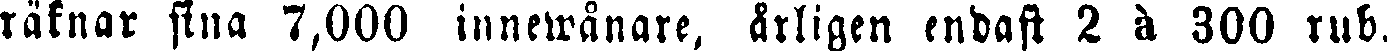
räknar sina 7,000 innewånare, årligen endast 2 à 300 rub.